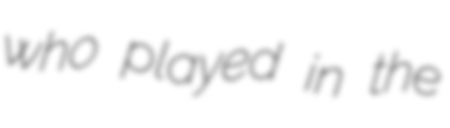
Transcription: who played in the